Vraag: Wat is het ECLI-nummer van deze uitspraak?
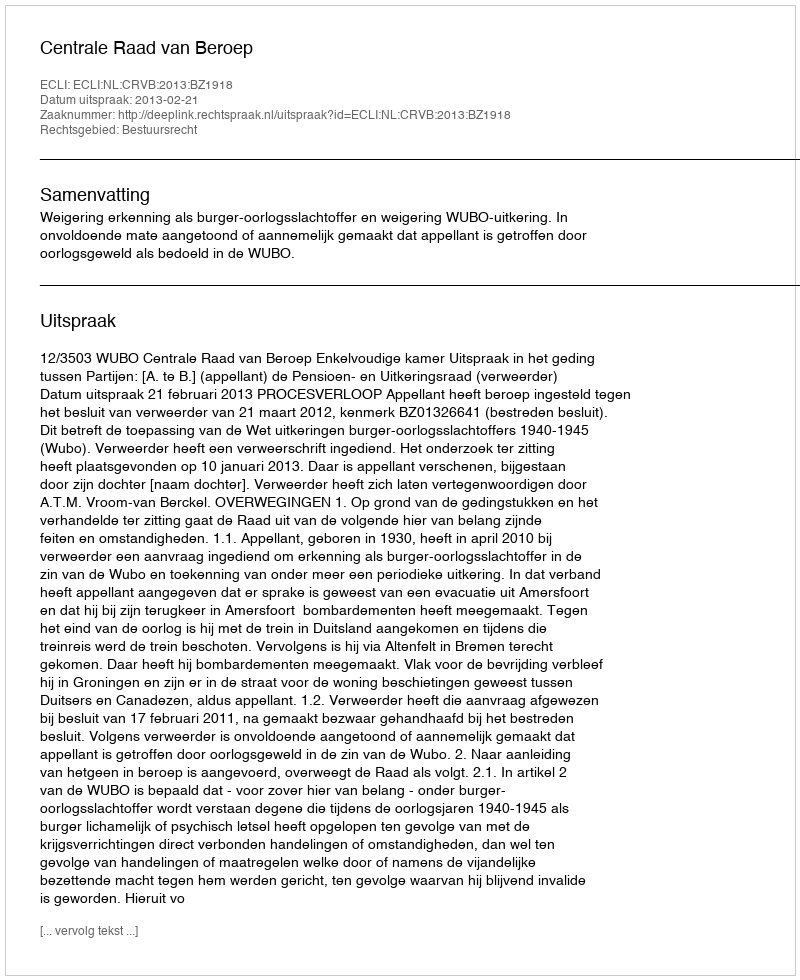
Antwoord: ECLI:NL:CRVB:2013:BZ1918